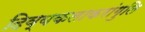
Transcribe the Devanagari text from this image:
दिव्यकलाकरांगुलि